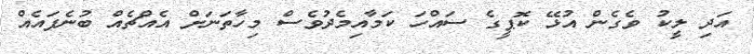
އަދި ލީކު ވެގެން އުޅޭ ކޮޕީގެ ސައްހަ ކަމާއިމެދުވެސް މިހާތަނަށް އެއްޗެއް ބުނެފައެއް